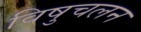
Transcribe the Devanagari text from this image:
विषुचलन